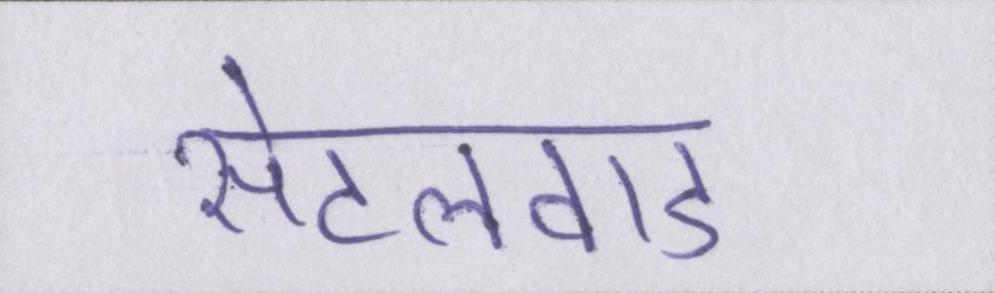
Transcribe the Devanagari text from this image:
सेटलवाड